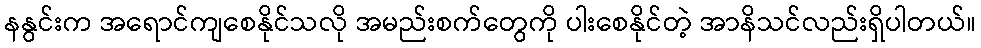
နနွင်းက အရောင်ကျစေနိုင်သလို အမည်းစက်တွေကို ပါးစေနိုင်တဲ့ အာနိသင်လည်းရှိပါတယ်။